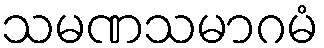
သမဏသမာဂမံ